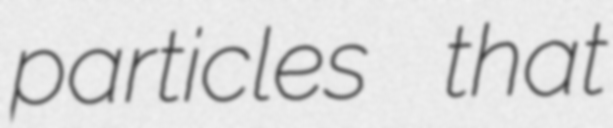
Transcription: particles that